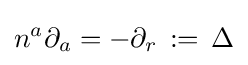
n^{a}\partial _{a}=-\partial _{r}\,:=\,\Delta